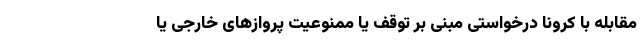
مقابله با کرونا درخواستی مبنی بر توقف یا ممنوعیت پروازهای خارجی یا